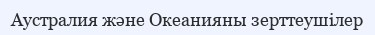
Аустралия және Океанияны зерттеушілер